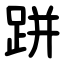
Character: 跰